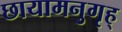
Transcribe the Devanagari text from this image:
छायामनुगृह्